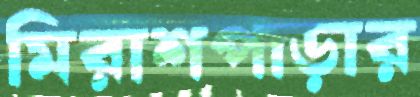
মিরাশপাড়ার